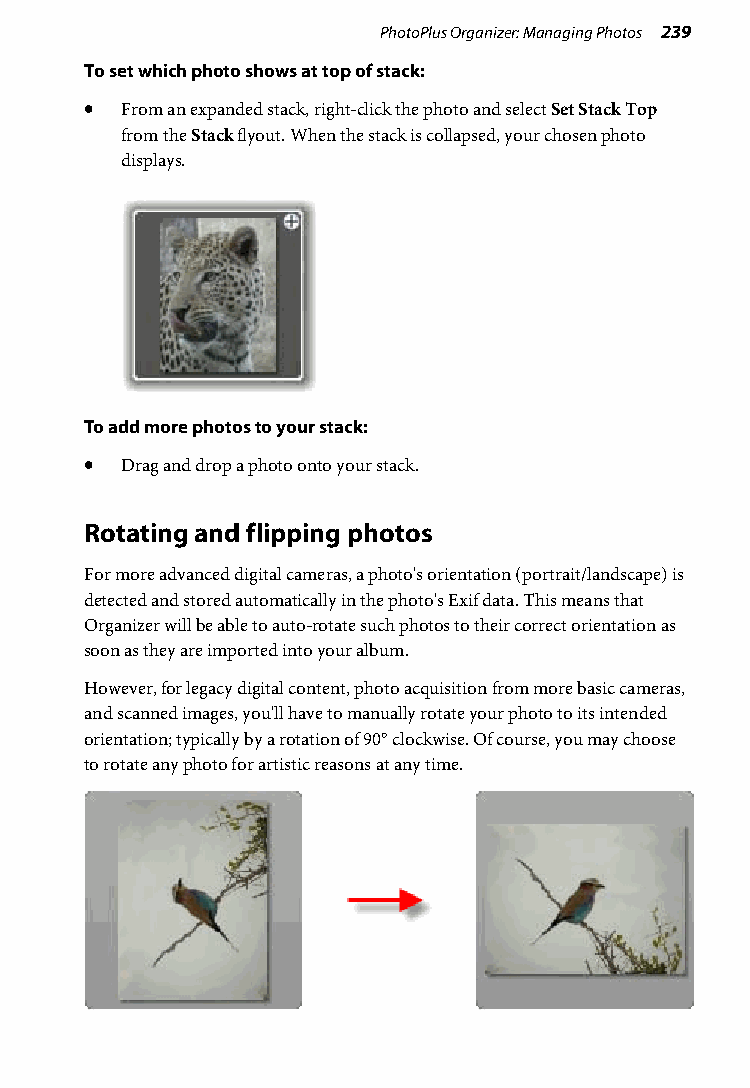
PhotoPlus Organizer: Managing Photos 239
 To set which photo shows at top of stack:
 • From an expanded stack, right-click the photo and select Set Stack Top
 from the Stack flyout. When the stack is collapsed, your chosen photo
 displays.
 To add more photos to your stack:
 • Drag and drop a photo onto your stack.
 Rotating and flipping photos
 For more advanced digital cameras, a photo's orientation (portrait/landscape) is
 detected and stored automatically in the photo's Exif data. This means that
 Organizer will be able to auto-rotate such photos to their correct orientation as
 soon as they are imported into your album.
 However, for legacy digital content, photo acquisition from more basic cameras,
 and scanned images, you'll have to manually rotate your photo to its intended
 orientation; typically by a rotation of 90° clockwise. Of course, you may choose
 to rotate any photo for artistic reasons at any time.